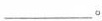
___。